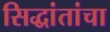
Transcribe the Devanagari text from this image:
सिद्धांतांचा